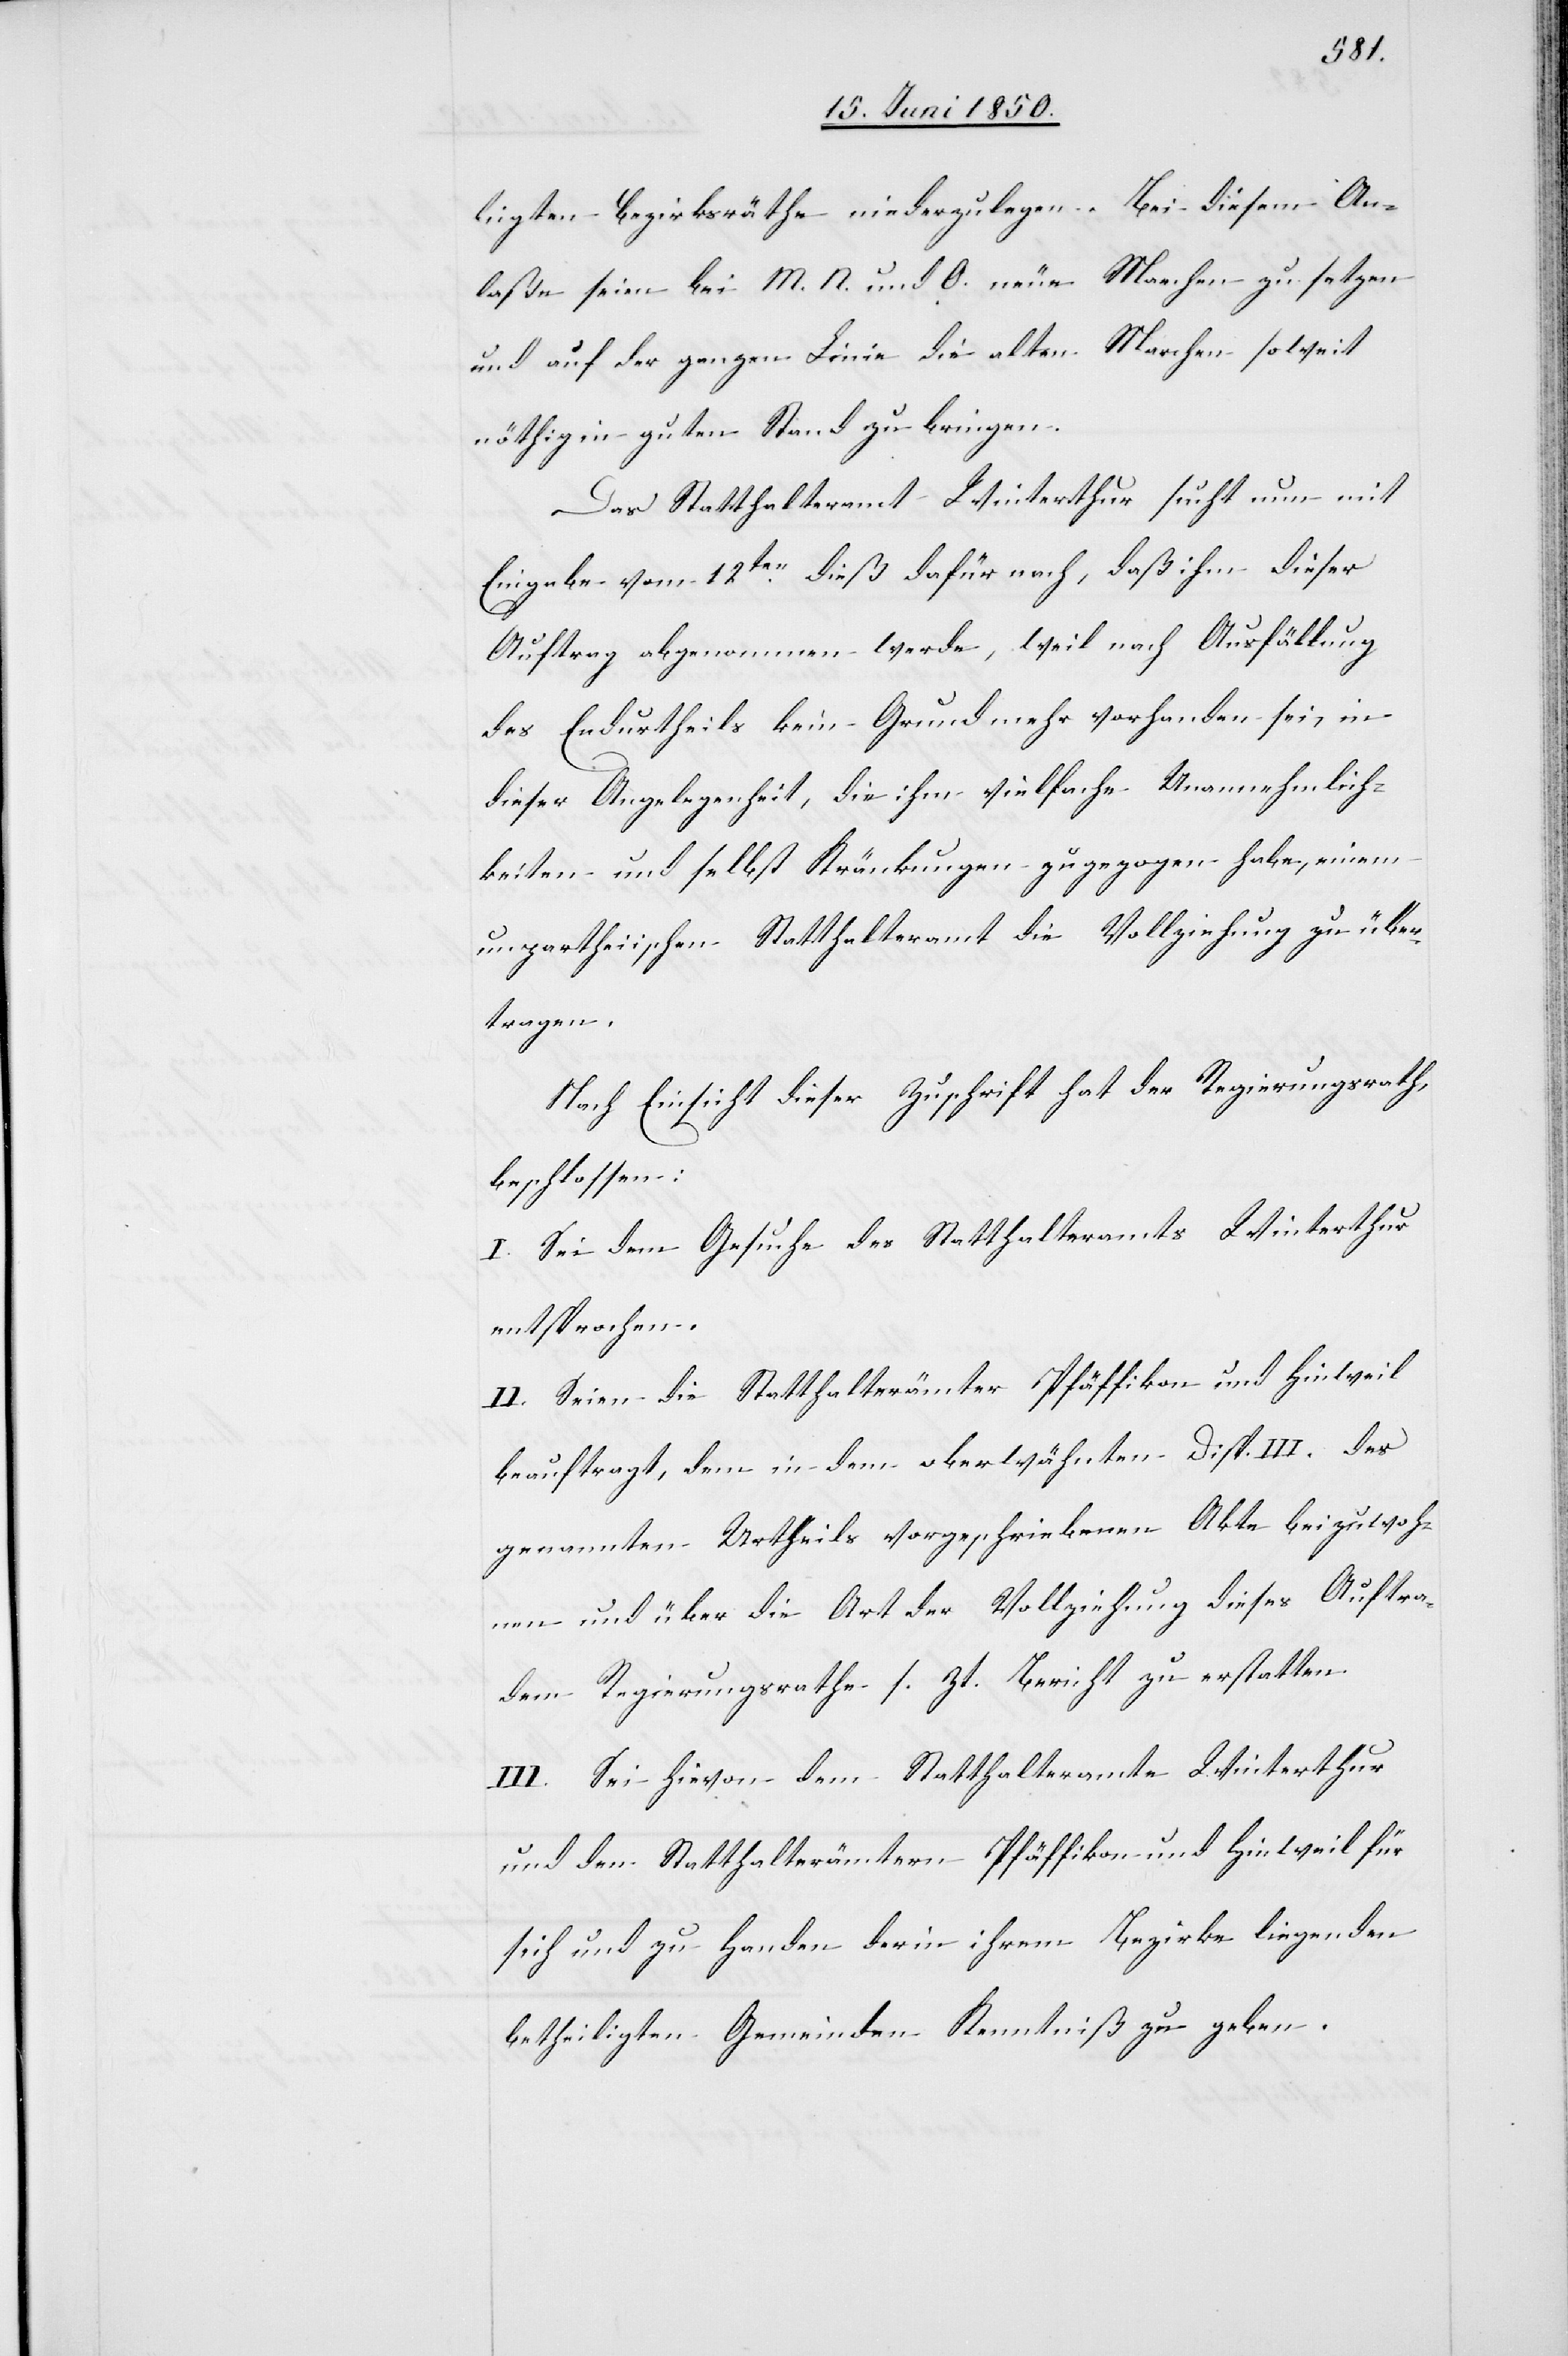
es]
ligten Bezirksräthe niederzulegen. Bei diesem An¬
laße seien bei M. N. und O. neue Marchen zu setzen
und auf der ganzen Linie die alten Marchen soweit
nöthig in guten Stand zu bringen.
Das Statthalteramt Winterthur sucht nun mit
Eingabe vom 12ten dieß dafür nach, daß ihm dieser
Auftrag abgenommen werde, weil nach Ausfällung
des Endurtheils kein Grund mehr vorhanden sei, in
dieser Angelegenheit, die ihm vielfache Unannehmlich¬
keiten und selbst Kränkungen zugezogen habe, einem
unpartheiischen Statthalteramt die Vollziehung zu über¬
tragen.
Nach Einsicht dieser Zuschrift hat der Regierungsrath,
beschlossen:
I. Sei dem Gesuche des Statthalteramtes Winterthur
entsprochen.
II. Seien die Statthalterämter Pfäffikon und Hinweil
beauftragt, dem in dem oberwähnten Disp. III. des
genannten Urtheils vorgeschriebenen Akte beizuwoh¬
nen und über die Art der Vollziehung dieses Auftra[g¬
dem Regierungsrathe s. Zt. Bericht zu erstatten.
III. Sei hievon dem Statthalteramte Winterthur
und den Statthalterämtern Pfäffikon und Hinweil für
sich und zu Handen der in ihrem Bezirke liegenden
betheiligten Gemeinden Kenntniß zu geben.